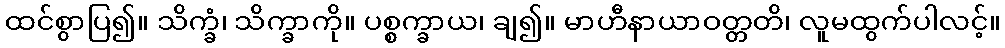
ထင်စွာပြ၍။ သိက္ခံ၊ သိက္ခာကို။ ပစ္စက္ခာယ၊ ချ၍။ မာဟီနာယာဝတ္တတိ၊ လူမထွက်ပါလင့်။